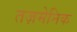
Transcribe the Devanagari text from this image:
तज़मेनिक